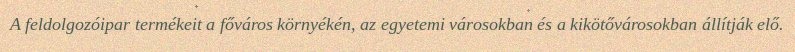
A feldolgozóipar termékeit a főváros környékén, az egyetemi városokban és a kikötővárosokban állítják elő.